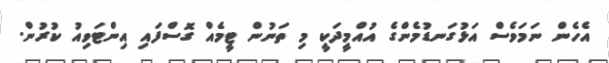
އެހެން ނަމަވެސް އަޅުގަނޑުމެންގެ އުއްމީދަކީ މި ތަނުން ޓީމެއް ގޮސްފައި އިންޓަވިއު ކުރުން.